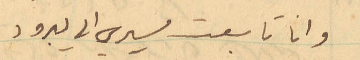
وانا تابعت مسيري الى يبرود